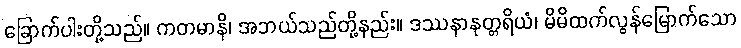
ခြောက်ပါးတို့သည်။ ကတမာနိ၊ အဘယ်သည်တို့နည်း။ ဒဿနာနုတ္တရိယံ၊ မိမိထက်လွန်မြောက်သော